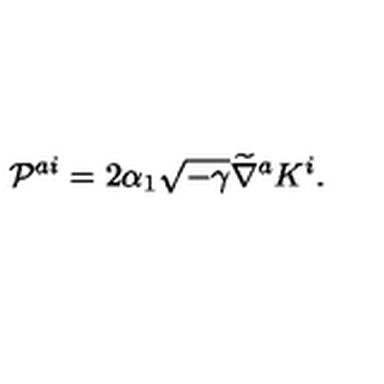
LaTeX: { \cal P } ^ { a i } = 2 \alpha _ { 1 } \sqrt { - \gamma } \widetilde { \nabla } ^ { a } K ^ { i } .